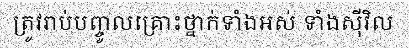
ត្រូវរាប់បញ្ចូលគ្រោះថ្នាក់ទាំងអស់ ទាំងស៊ីវិល